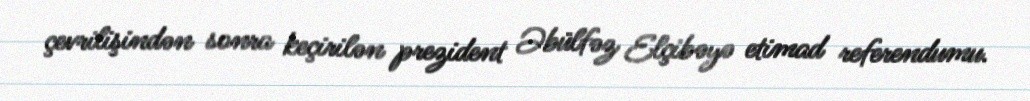
çevrilişindən sonra keçirilən prezident Əbülfəz Elçibəyə etimad referendumu.